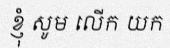
ខ្ញុំ សូម លើក យក